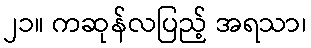
၂၁။ ကဆုန်လပြည့် အရသာ၊